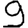
Digit: 9